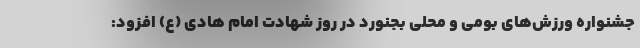
جشنواره ورزش‌های بومی و محلی بجنورد در روز شهادت امام هادی (ع) افزود: